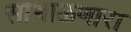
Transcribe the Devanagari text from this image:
साभाळणारा